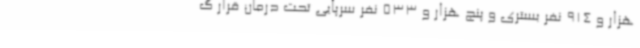
هزار و 914 نفر بستری و پنج هزار و 533 نفر سرپایی تحت درمان قرار گ